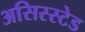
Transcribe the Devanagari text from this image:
असिस्स्टेड